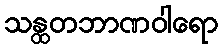
သန္ထတဘာဏဝါရော